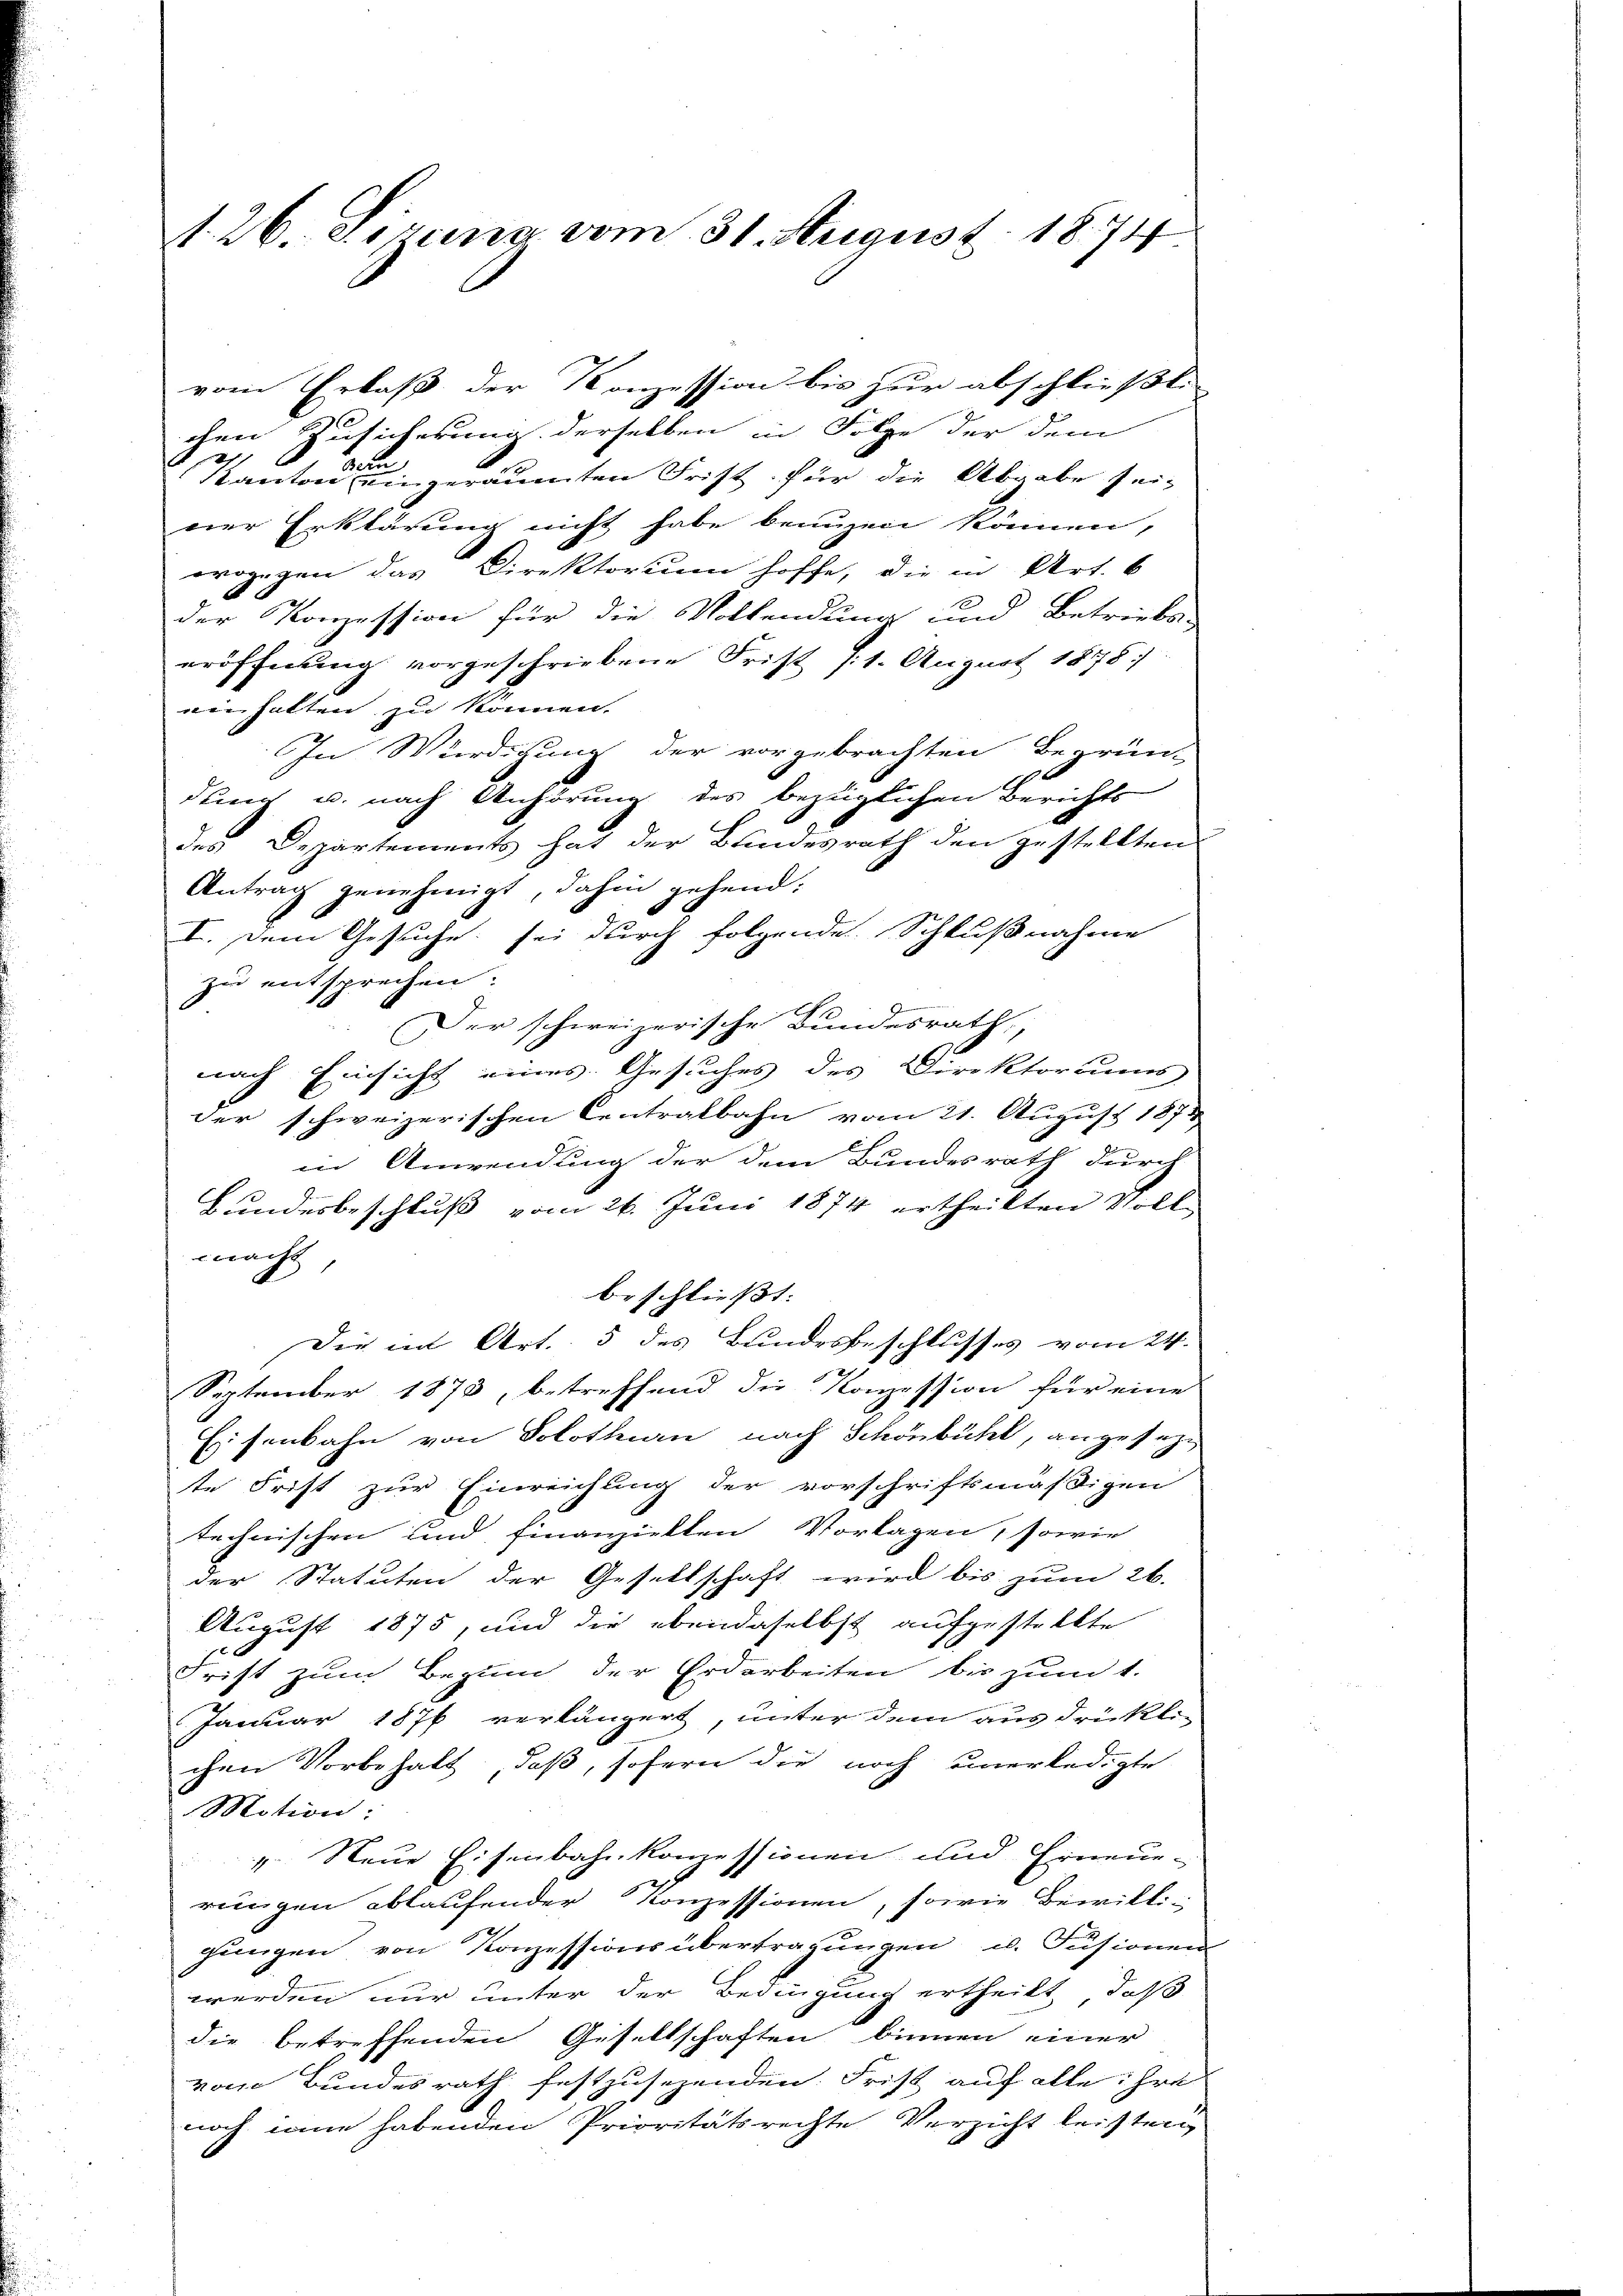
1. 26. Sizung vom 31. August 1874

chen Zusicherung derselben in Folge der dem
h
Kantone eingeräumten Frist für die Abgabe sei-
ner Erklärung nicht habe benuzen können,
wogegen das Direktorium hoffe, die in Art. 6
der Konzession für die Vollendung und Betriebs-
eröffnung vorgeschriebene Frist (1. August 1878
einhalten zu können.
In Würdigung der vorgebrachten Begrün-
.
durch u. nach Anhörung des bezüglichen Berichts
des Departements hat der Bundesrath den gestellten
Antrag genehmigt, dahin gehend:
I. Dem Gesuche sei durch folgende Schlußnahme
zu entsprechen.
9
Der schweizerische Bundesrath,
nach Einsicht eines Gesuches des Direktoriums
der schweizerischen Centralbahn vom 21. August 1874
in Anwendung der dem Bundesrath durch
Bundesbeschluß vom 26. Juni 1874 ertheilten Volleacht
beschließt:
Die in Art. 5 des Bundesbeschlusses vom 24.
September 1878, betreffend die Konzession für eine
Eisenbahn von Solothurn nach Schönbühl, angesezte Frist zur Einreichung der vorschriftsmäßigen
technischen und finanzielten Vorlagen, sowie
der Statuten der Gesellschaft wird bis zum 26.
August 1875, und die ebendaselbst aufgestellte
Frist zum Bezum der Erdarbeiten bis zum 1.
Januar 1876 verlängert, unter dem ausdrükli-
chen Vorbehalt, daß, sofern die noch unerledigte
Motion:
1. Neue Eisenbahnkonzessionen und Erneue-
rungen ablaufender Konzessionen, sowie Bewilli-
jungen von Konzessions übertragungen u. Fusionen
werden nur unter der Bedingung ertheilt, daß
die betreffenden Gesellschaften binnen einer
vom Bundesrath festzusehenden. Frist auf alle ihre
noch inne habenden Prioritätsrechte Verzicht leisten

vom Erlaß der Konzession bis zur abschließt: